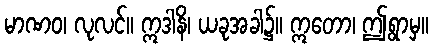
မာဏဝ၊ လုလင်။ ဣဒါနိ၊ ယခုအခါ၌။ ဣတော၊ ဤရွာမှ။